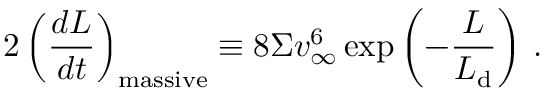
2 \left( \frac { d L } { d t } \right) _ { \mathrm { m a s s i v e } } \equiv 8 \Sigma v _ { \infty } ^ { 6 } \exp \left( - \frac { L } { L _ { \mathrm { d } } } \right) \, .